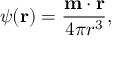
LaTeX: \psi ( { \mathbf { r } } ) = { \frac { { \mathbf { m } } \cdot { \mathbf { r } } } { 4 \pi r ^ { 3 } } } ,